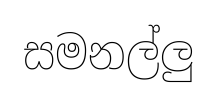
සමනල්ලු